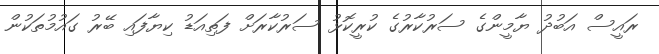
ރައީސް އަބުދު ޔާމީންގެ ސަރުކާރުގެ ކުރީކޮޅު ސަރުކާރަށް ފަތިއަޑު ކިޔާފައި ބޭރު ގައުމުތަކުން